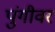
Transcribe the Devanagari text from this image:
पुंगीवर